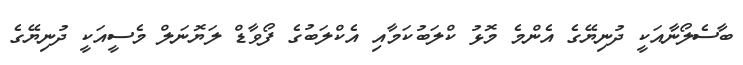
ބާސެލޯނާއަކީ ދުނިޔޭގެ އެންމެ މޮޅު ކްލަބުކަމާއި އެކްލަބުގެ ފޯވާޑް ލަޔޮނަލް މެސީއަކީ ދުނިޔޭގެ